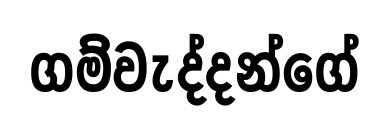
ගම්වැද්දන්ගේ